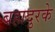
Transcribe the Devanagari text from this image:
बहादुरके